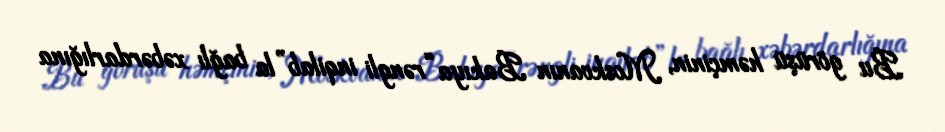
Bu görüşü həmçinin, Moskvanın Bakıya “rəngli inqilab”la bağlı xəbərdarlığına